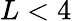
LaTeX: L<4